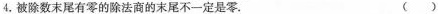
4，被除数末尾有零的除法商的末尾不一定是零。 ( )